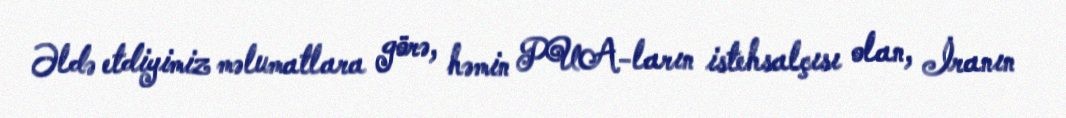
Əldə etdiyimiz məlumatlara görə, həmin PUA-ların istehsalçısı olan, İranın